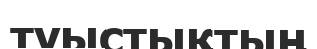
туыстықтың